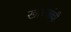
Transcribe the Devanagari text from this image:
खाध्यांची